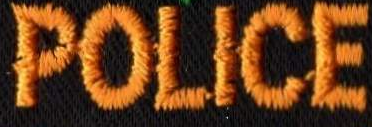
POLICE